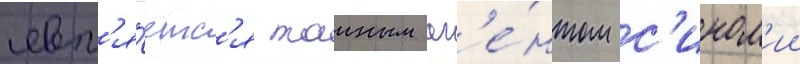
явл'я́етс'я таиным аг'е́нтом с'ином'ии